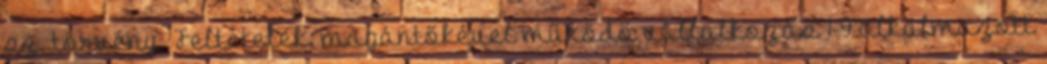
sz. törvény ‏ Feltételek: magántőkével működő vállalkozás 1-9 alkalmazott